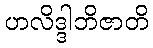
ဟလိဒ္ဒါဘိဇာတိ